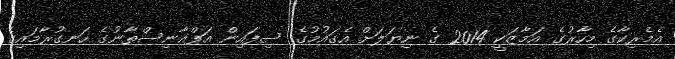
އެމެރިކާގެ މިހާރުގެ އަމާޒަކީ 2014 ގެ ނިޔަލަށް އެގައުމުގެ ސިފައިން އަފްޣާނިސްތާނުގެ ހަނގުރާމައިގެ